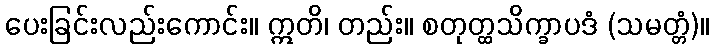
ပေးခြင်းလည်းကောင်း။ ဣတိ၊ တည်း။ စတုတ္ထသိက္ခာပဒံ (သမတ္တံ)။